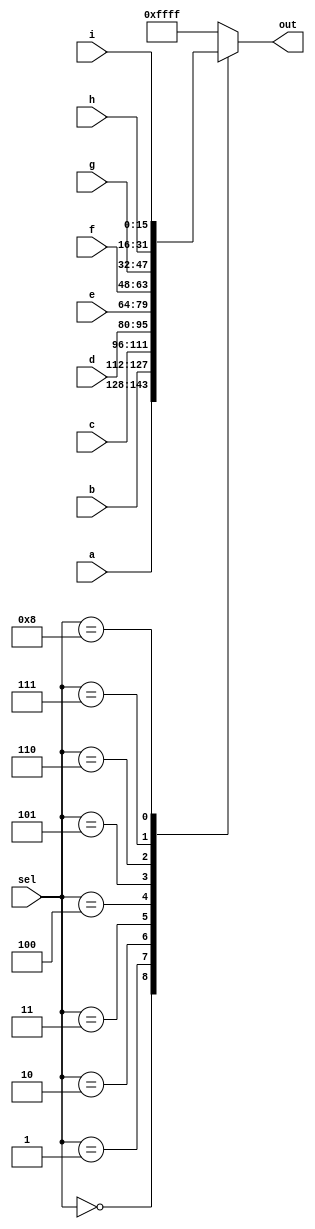
module top_module( 
    input [15:0] a, b, c, d, e, f, g, h, i,
    input [3:0] sel,
    output reg [15:0] out );

    always @(*) begin
        case(sel)
            4'd0: out = a;
            4'd1: out = b;
            4'd2: out = c;
            4'd3: out = d;
            4'd4: out = e;
            4'd5: out = f;
            4'd6: out = g;
            4'd7: out = h;
            4'd8: out = i;
            default: out = 16'hFFFF; // For sel = 9 to 15, set all output bits to '1'
        endcase
    end

endmodule